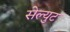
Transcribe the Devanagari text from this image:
सेल्युट